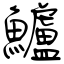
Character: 鱸